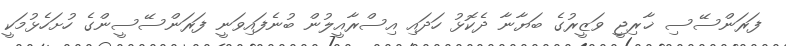
ފަރަންސޭސި ޚާރިޖީ ވަޒީރުގެ ބަޔާނާ ދެކޮޅު ހަދައި އިސްރާއީލުން ބުނެފައިވަނީ ފަރަންސޭސީންގެ ހުށަހެޅުމަކީ